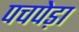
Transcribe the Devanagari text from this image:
पचपेड़ा